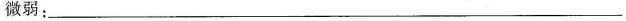
微弱：________________